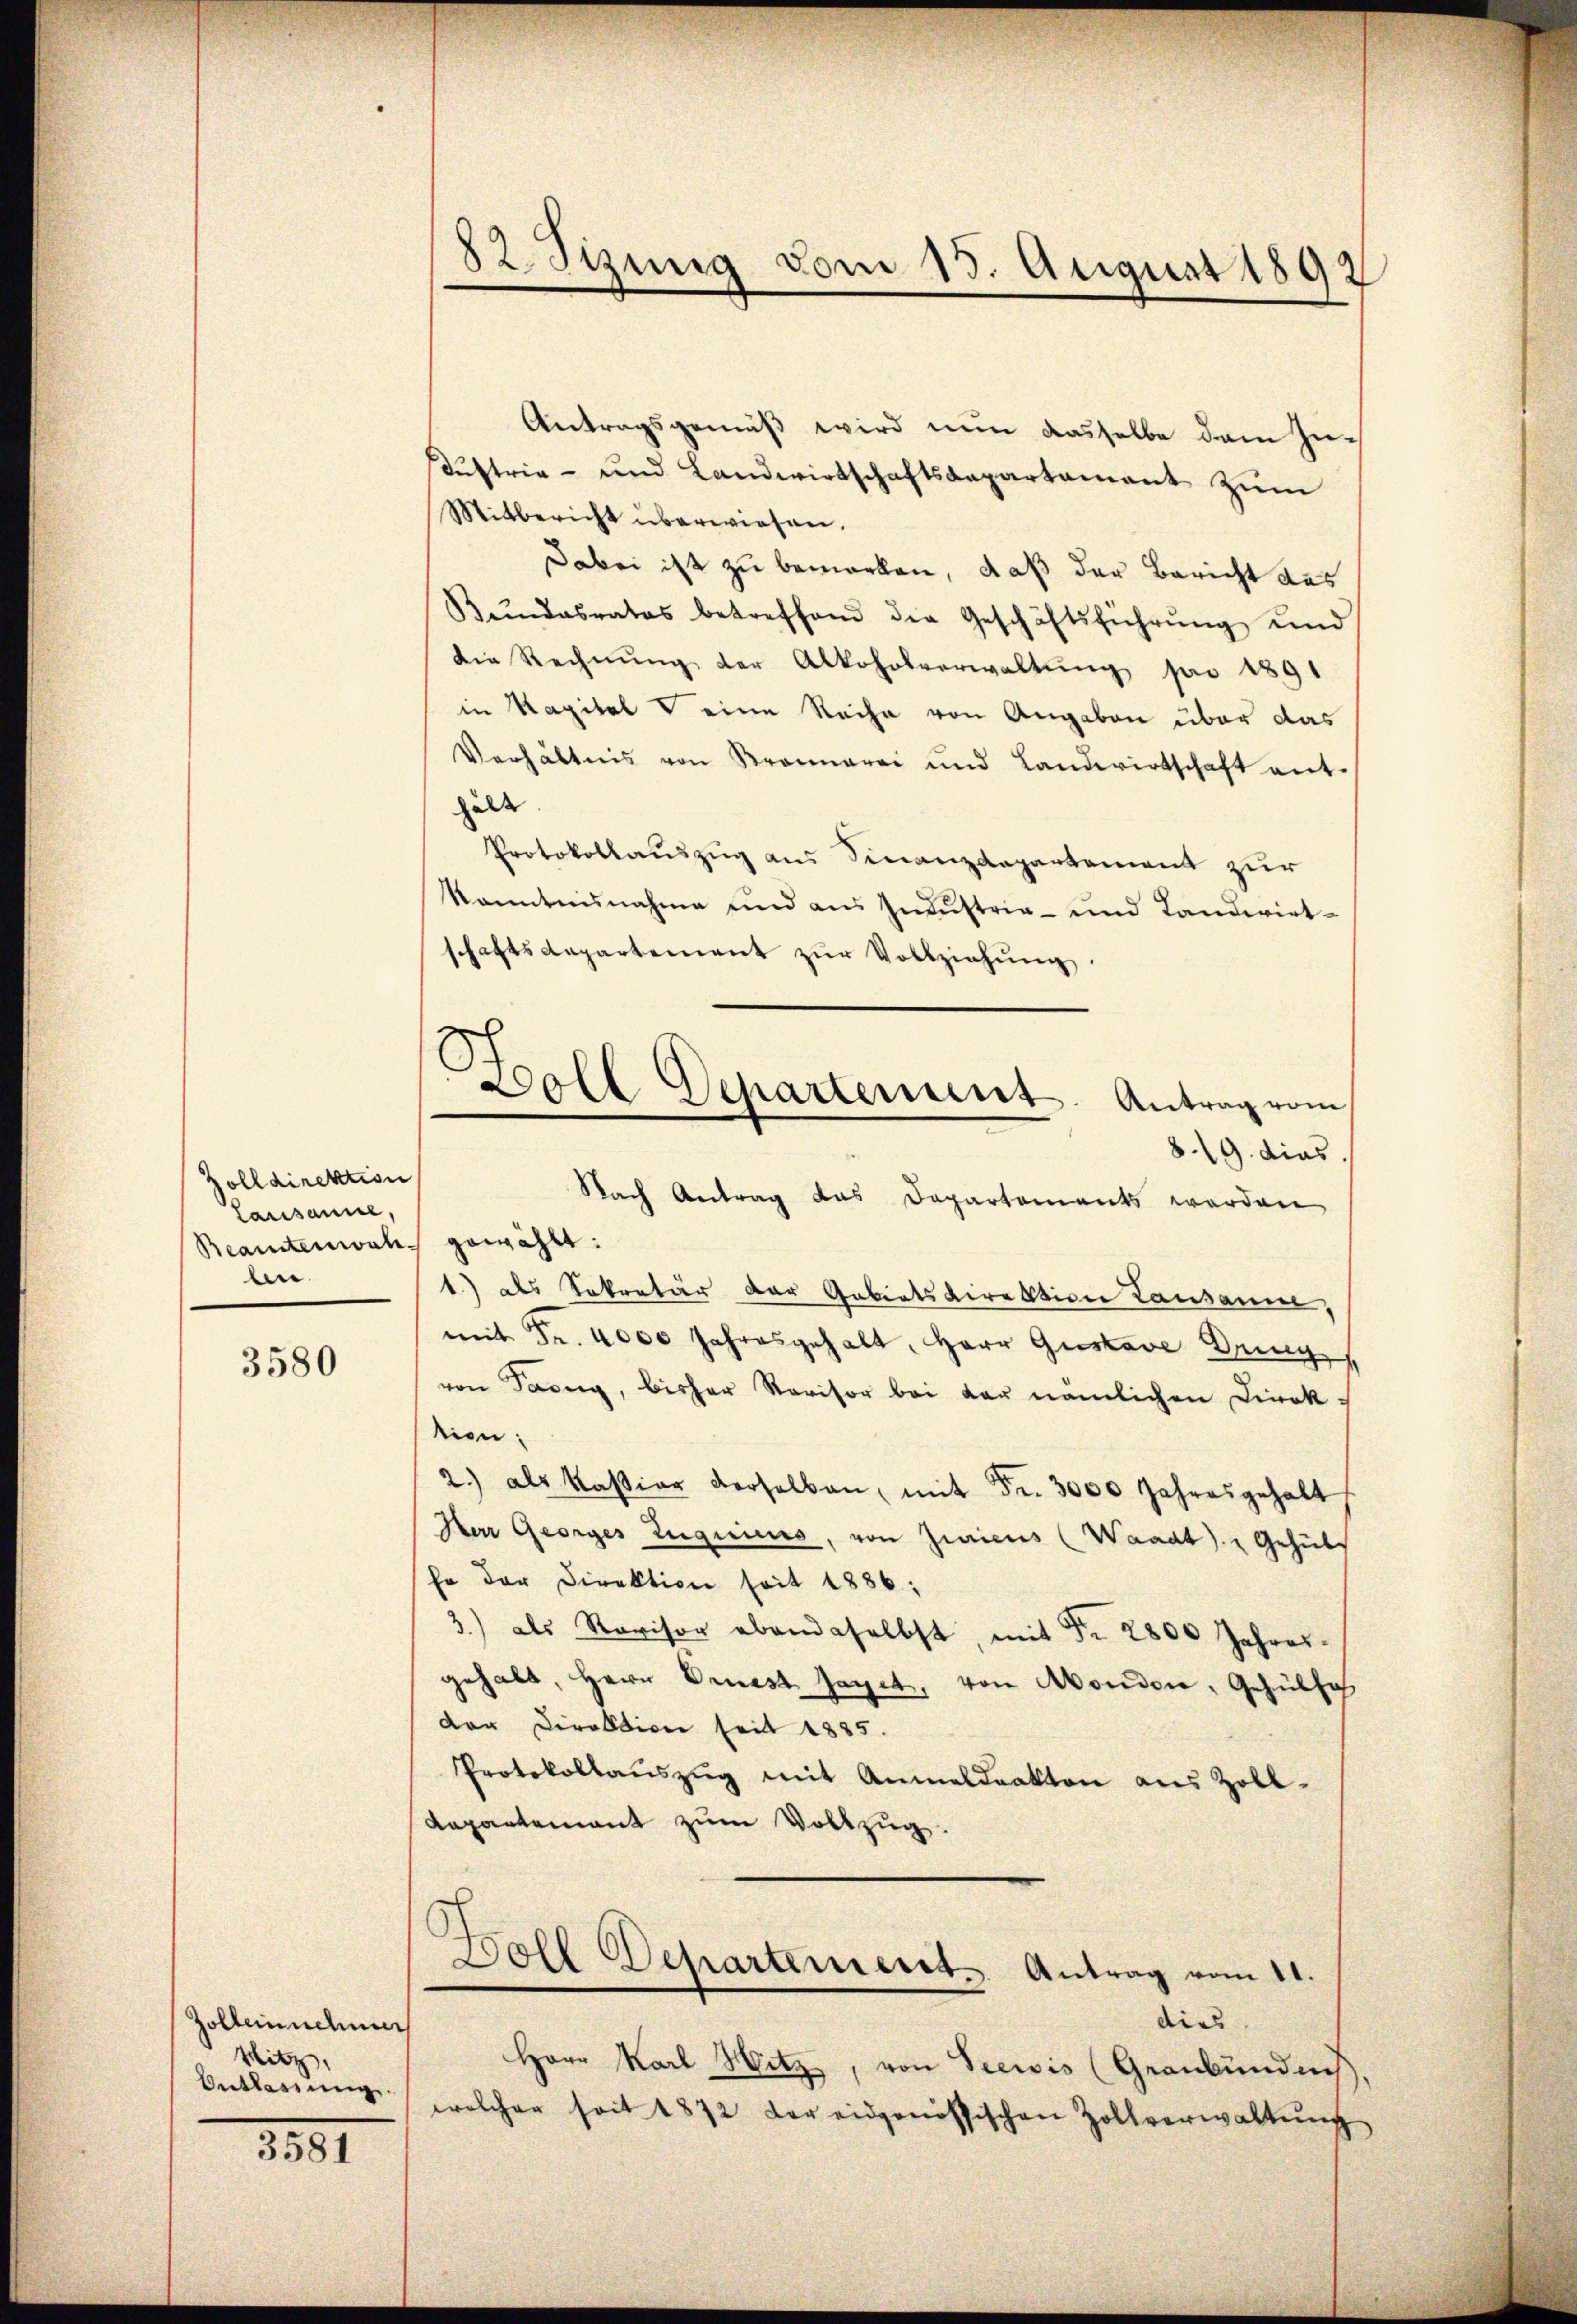
zolldirektion
Lausanne,
Beamtenwahl gewählt:
ben.

3580

Zolleinnehmen
Mitz,
Entlassung

3581

82. Sizung vom 15. August 1892

Antragsgemäß wird nun dasselbe dem In-
Kustrie- und Landwirtschaftsdepartament zum
Mitbericht überwiesen.
Dabei ist zu bemerken, daß der Bericht aus
Kŭndesrates betreffend die Geschäftsführŭng und
die Rechnung der Alkoholverwaltung pr 1891
in Kapital eine Rache von Angaben über das
Verhältnis von Kronarei und Landwirtschaft ent-
hält
Protokollauszug aus Finanzdepartement zur
kanntnisnahme und aus Industria- und Landwirt-
schaftsdepartement zŭr Vollziehŭng
819. dies
Nach Antrag das Departements werden
1) als Sekretär der Gebietsdirektion Lausanne,
mit Fr. 4000 Jahresgehalt, Herr Gustave Dring
von Tag, bisher Revisor bei der nämlichen Direk-
tion:
2.) als Kastiar derselben, mit Fr. 3000 Jahresgehalt
Herr Georges Zuguiers, von Zuricus (Waadt) Gehülfo der Direktion seit 1886:
3.) als Revisor ebendaselbst, mit Fr. 2800 Jahres
gehabt, Herr Priest saget, von Abondon, Gehülfe
der Direktione seit 1885.
Protokollaŭszŭg mit Anmeldrakten aus Zoll-
Repartement zum Vollzug

Boll Departement. Antrag vom

Herr Karl Hitz, von Seewis (Graubündnis
welcher seit 1872 der eidgenössischen Zollverwaltŭng

Doll Departement. Antrag vom 11.
dies